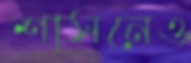
শাসনেও